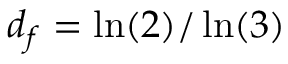
d _ { f } = \ln ( 2 ) / \ln ( 3 )